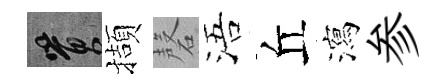
篔擷磬浯丘瀉参